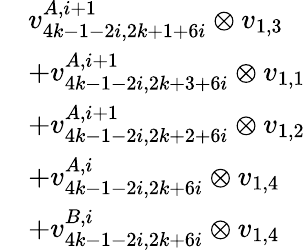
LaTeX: \begin{array}{rl}&{v_{4k-1-2i,2k+1+6i}^{A,i+1}\otimes v_{1,3}}\\ &{+v_{4k-1-2i,2k+3+6i}^{A,i+1}\otimes v_{1,1}}\\ &{+v_{4k-1-2i,2k+2+6i}^{A,i+1}\otimes v_{1,2}}\\ &{+v_{4k-1-2i,2k+6i}^{A,i}\otimes v_{1,4}}\\ &{+v_{4k-1-2i,2k+6i}^{B,i}\otimes v_{1,4}}\end{array}